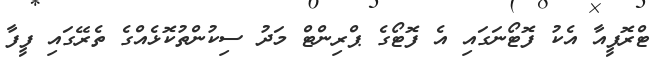
ޓްރޮފީއާ އެކު ފޮޓޯނަގައި އެ ފޮޓޯގެ ޕްރިންޓް މަދު ސިކުންތުކޮޅެއްގެ ތެރޭގައި ފީފާ